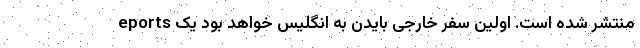
eports منتشر شده است. اولین سفر خارجی بایدن به انگلیس خواهد بود یک